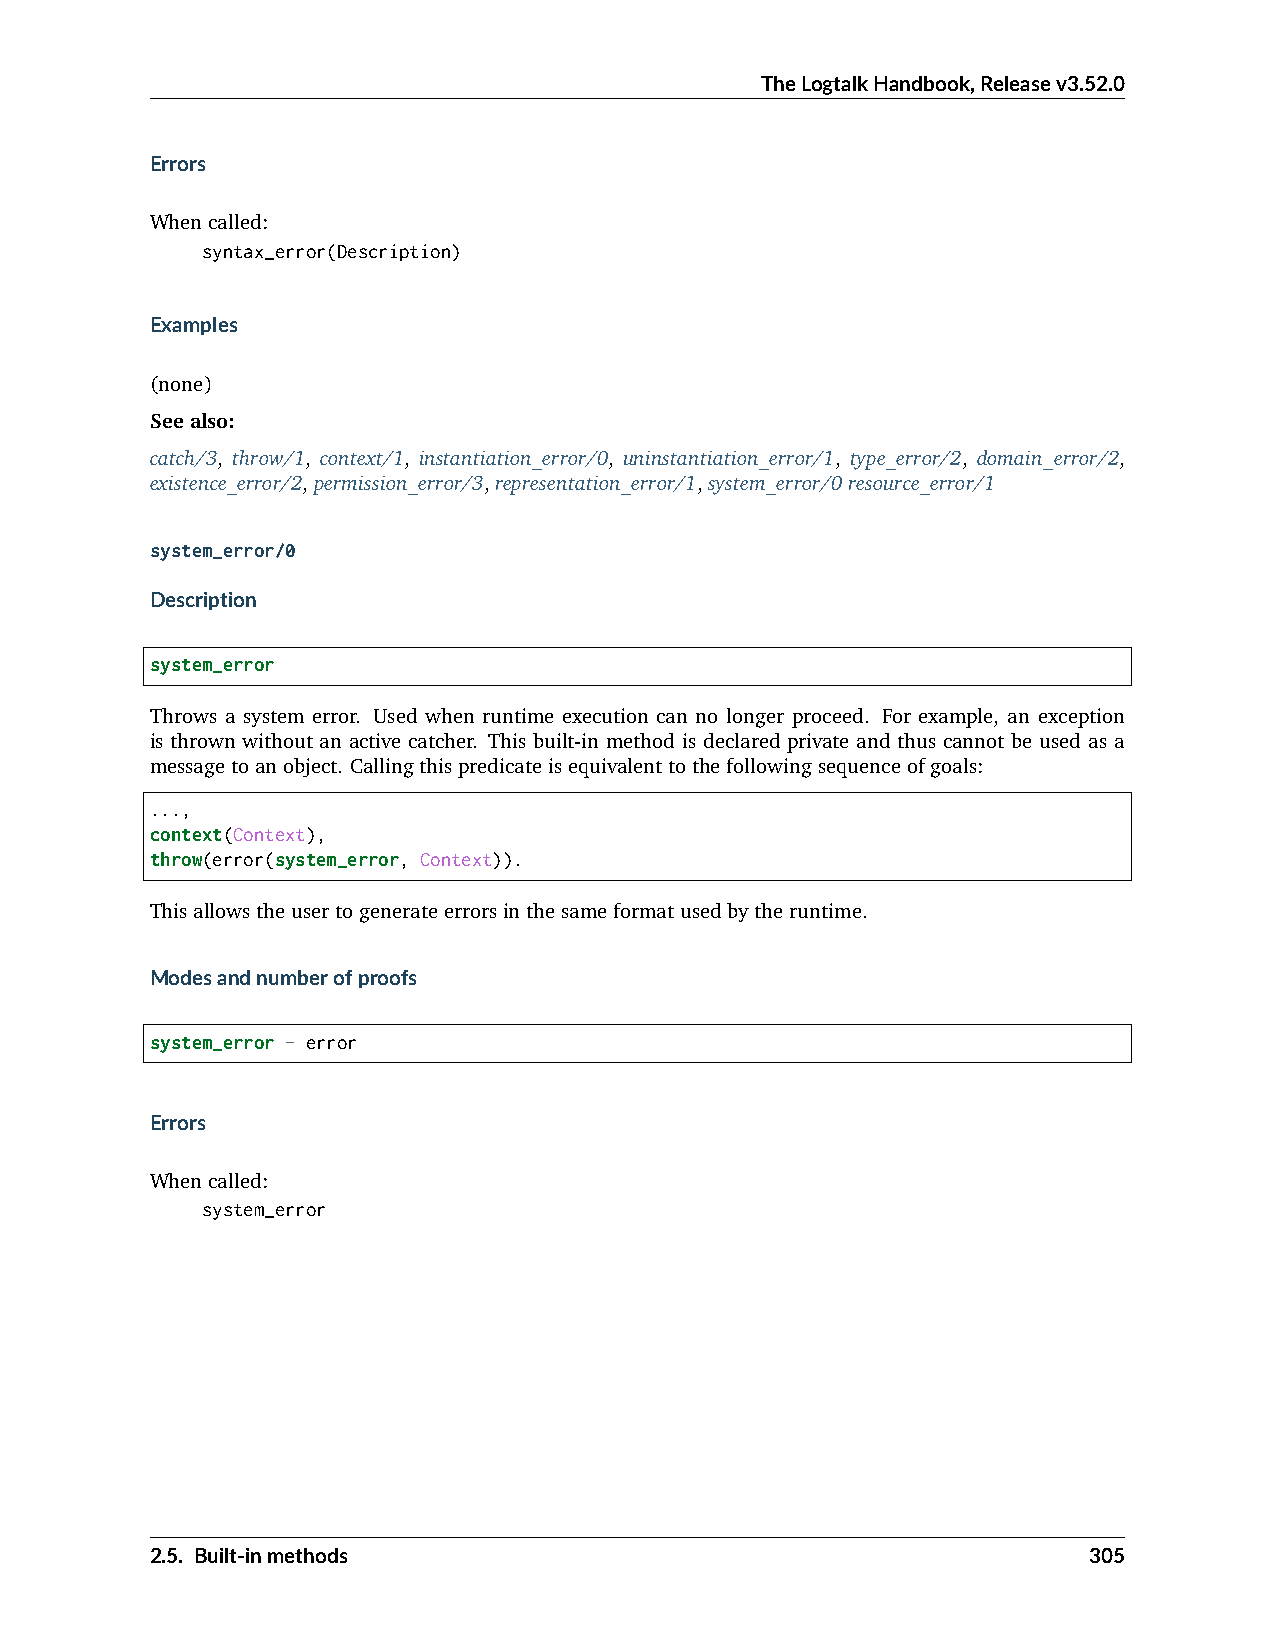
TheLogtalkHandbook,Releasev3.52.0
 Errors
 Whencalled:
 syntax_error(Description)
 Examples
 (none)
 Seealso:
 catch/3, throw/1, context/1, instantiation_error/0, uninstantiation_error/1, type_error/2, domain_error/2,
 existence_error/2,permission_error/3,representation_error/1,system_error/0resource_error/1
 system_error/0
 Description
 system_error
 Throws a system error. Used when runtime execution can no longer proceed. For example, an exception
 is thrown without an active catcher. This built-in method is declared private and thus cannot be used as a
 messagetoanobject. Callingthispredicateisequivalenttothefollowingsequenceofgoals:
 ...,
 context(Context),
 throw(error(system_error, Context)).
 Thisallowstheusertogenerateerrorsinthesameformatusedbytheruntime.
 Modesandnumberofproofs
 system_error - error
 Errors
 Whencalled:
 system_error
 2.5. Built-inmethods                                          305